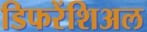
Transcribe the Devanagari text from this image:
डिफरेंशिअल